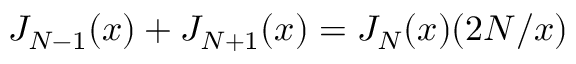
J _ { N - 1 } ( x ) + J _ { N + 1 } ( x ) = J _ { N } ( x ) ( 2 N / x )